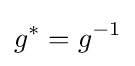
g^{*}=g^{-1}